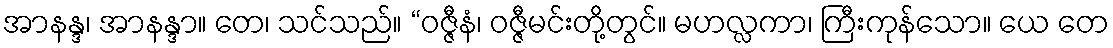
အာနန္ဒ၊ အာနန္ဒာ။ တေ၊ သင်သည်။ “ဝဇ္ဇီနံ၊ ဝဇ္ဇီမင်းတို့တွင်။ မဟလ္လကာ၊ ကြီးကုန်သော။ ယေ တေ